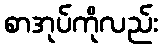
စာအုပ်ကိုလည်း